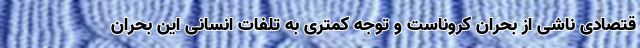
قتصادی ناشی از بحران کروناست و توجه کمتری به تلفات انسانی این بحران